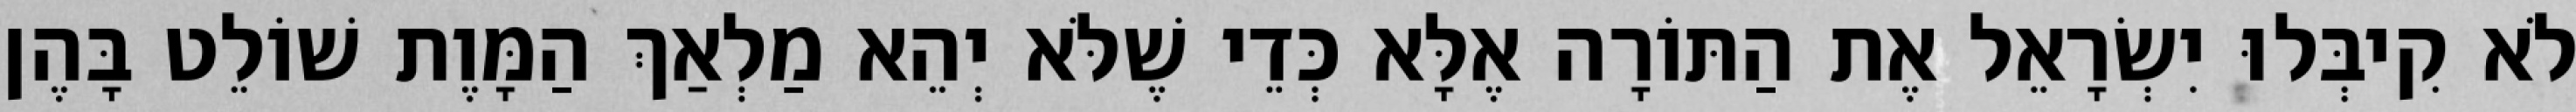
לֹא קִיבְּלוּ יִשְׂרָאֵל אֶת הַתּוֹרָה אֶלָּא כְּדֵי שֶׁלֹּא יְהֵא מַלְאַךְ הַמָּוֶת שׁוֹלֵט בָּהֶן